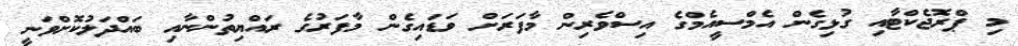
މި ޕްރޮޖެކްޓާއި ގުޅިގެން އެމްސީއެމްގެ އިސްވެރިން މާފަރަށް ވަޑައިގެން މާފަރުގެ ރައްޔިތުންނާއި ބައްދަލުކޮށްވަނީ